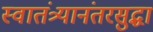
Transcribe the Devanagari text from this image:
स्वातंत्र्यानंतरसुद्धा